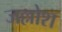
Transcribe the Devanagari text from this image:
जल्लोश